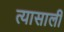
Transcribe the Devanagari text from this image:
त्‍यासाली